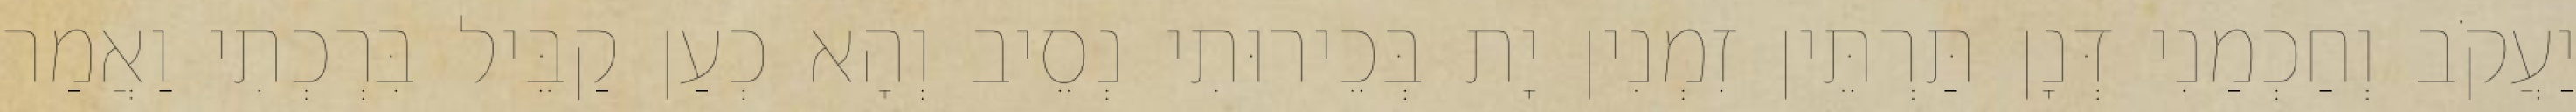
יַעֲקֹב וְחַכְמַנִי דְּנָן תַּרְתֵּין זִמְנִין יָת בְּכֵירוּתִי נְסֵיב וְהָא כְעַן קַבֵּיל בִּרְכְתִי וַאֲמַר